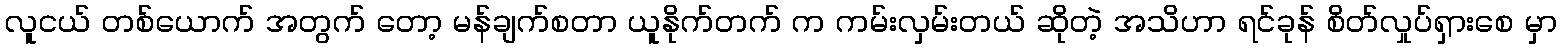
လူငယ် တစ်ယောက် အတွက် တော့ မန်ချက်စတာ ယူနိုက်တက် က ကမ်းလှမ်းတယ် ဆိုတဲ့ အသိဟာ ရင်ခုန် စိတ်လှုပ်ရှားစေ မှာ